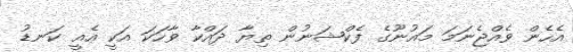
އެހެން ވެއްޖެނަމަ މައުނޫގެ ފެކްޝަނުން ތިޔާ ދައްކާ ވާހަކަ އަކީ އެއީ ކަނޑު